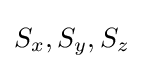
S_{x},S_{y},S_{z}